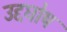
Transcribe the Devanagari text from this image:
उद्दघोष